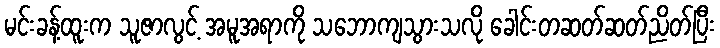
မင်းခန့်ထူးက သူဇာလွင့် အမူအရာကို သဘောကျသွားသလို ခေါင်းတဆတ်ဆတ်ညိတ်ပြီး